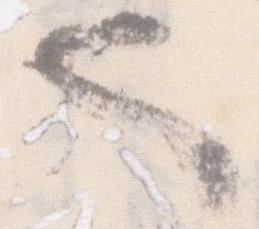
也